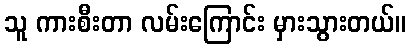
သူ ကားစီးတာ လမ်းကြောင်း မှားသွားတယ်။